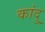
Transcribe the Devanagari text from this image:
कांदु